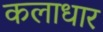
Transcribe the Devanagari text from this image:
कलाधार